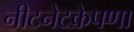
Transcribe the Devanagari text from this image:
नीटनेटकेपणा